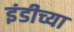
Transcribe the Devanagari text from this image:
इंडीच्या